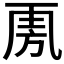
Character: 𣃪